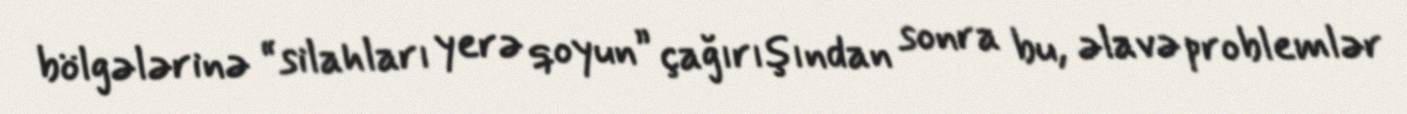
bölgələrinə “silahları yerə qoyun” çağırışından sonra bu, əlavə problemlər